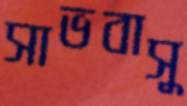
সাভবাসু